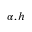
\alpha , h